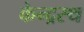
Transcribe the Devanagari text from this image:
केन्द्रस्थ